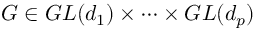
G \in G L ( d _ { 1 } ) \times \cdots \times G L ( d _ { p } )